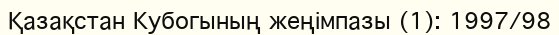
Қазақстан Кубогының жеңімпазы (1): 1997/98